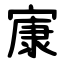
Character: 㝩